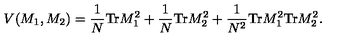
V ( M _ { 1 } , M _ { 2 } ) = \frac { 1 } { N } \mathrm { T r } M _ { 1 } ^ { 2 } + \frac { 1 } { N } \mathrm { T r } M _ { 2 } ^ { 2 } + \frac { 1 } { N ^ { 2 } } \mathrm { T r } M _ { 1 } ^ { 2 } \mathrm { T r } M _ { 2 } ^ { 2 } .